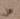
هل